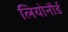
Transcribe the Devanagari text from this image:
लियोनौर्ड